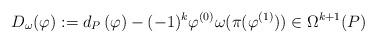
LaTeX: \begin{align*} D_\omega (\varphi) := d_P \, (\varphi) - (-1)^k \varphi^{(0)} \omega (\pi ( \varphi^{(1)} )) \in \Omega^{k+1}(P) \end{align*}